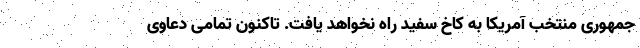
جمهوری منتخب آمریکا به کاخ سفید راه نخواهد یافت. تاکنون تمامی دعاوی